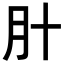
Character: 𬁰